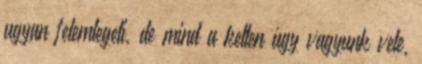
ugyan felemlegeti, de mind a ketten úgy vagyunk vele,